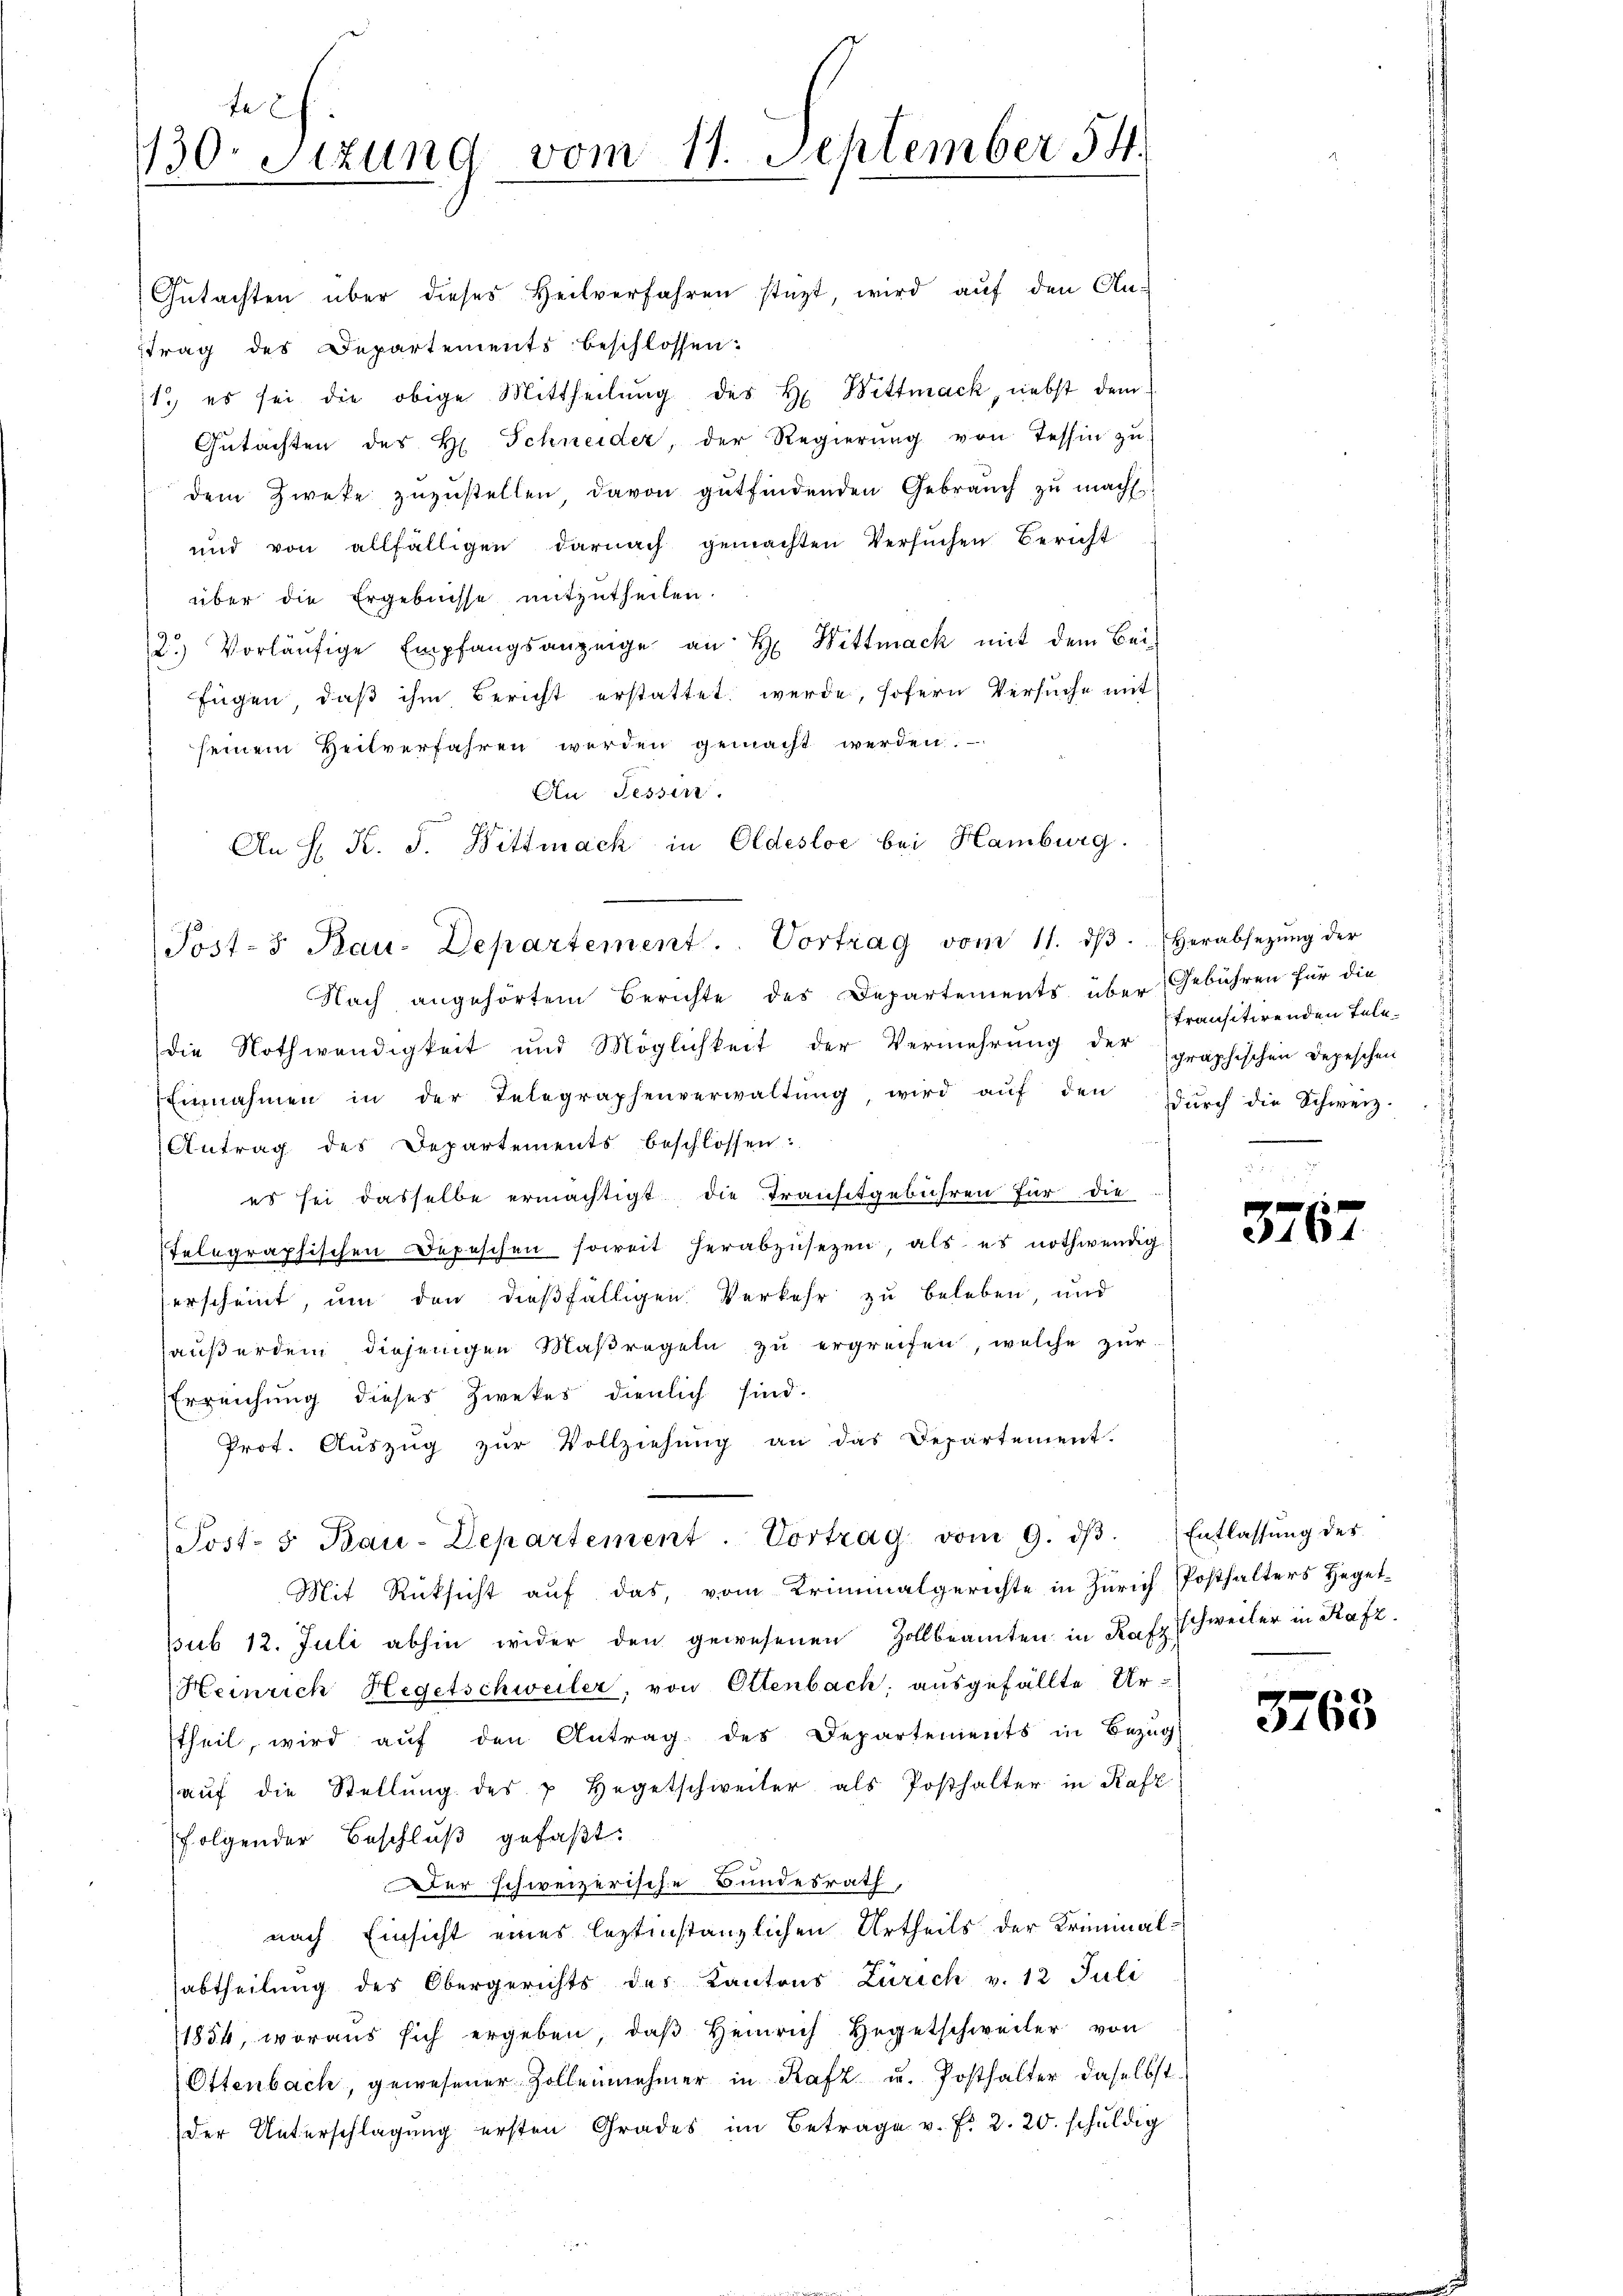
f
130. Sitzung vom 11. September 54.

1

Gŭtachten über dieses Heilverfahren stüzt, wird auf den An-
trag des Departements beschlossen:
1.) es sei die obige Mittheilung des H. Wittmack, nebst dem
Gŭtachten des H. Schneider, der Regierŭng von Tessin zŭ
dem Zweke zuzustellen, davon gutfindenden Gebrauch zu macht.
und von allfälligen darnach gemachten Versuchen Bericht
über die Ergebnisse mitzutheilen.
2.) Vorläŭfige Empfangsanzeige an H: Wittmack mit dem Beifügen, daß ihm Bericht erstattet werde, sofern Versuche mit
seinem Zeitverfahren werden gemacht werden.
An Tessin.
An H. K. J. Bittmach in Oldestoc bei Hamburg.
Nach angehörtem Berichte des Departements über Gebühren für die
die Nothwendigkeit und Möglichkeit der Vermehrŭng der graphischen Depeschen
Einnahmen in der Telegraphenverwaltŭng, wird aŭf den dŭrch die Schweiz.
Antrag des Departements beschlossen:
es sei dasselbe ermächtigt die Transtgebühren für die
telegraphischen Depeschen soweit herabzusezen, als es nothwendig
erscheint, um den dießfälligen Verkehr zu beleben, und
außerdem diejenigen Maßregeln zu ergreifen, welche zur
Erreichung dieses Zwekes dienlich sind.
Prot. Aŭszŭg zŭr Vollziehŭng an das Departement.
Post- & Bau-Departement. Vortrag vom 9. dβ. Entlassŭng des
Mit Rücksicht auf das, vom Kriminalgerichte in Zürich Posthalters Hegetsub 12. Juli abhin wider den gewesenen Zollbeamten in Rafz schweiler in Rafz
Heinrich Hegetschweiler, von Oltenbach, ausgefällte Ur-
stheil, wird aŭf den Antrag des Departements in Bezug
aŭf die Stellŭng des u Hegetschweiler als Posthalter in Rafz
folgender Beschluß gefaßt.
Der schweizerische Bundesrath,
nach Einsicht eines leztinstanzlichen Urtheils der Kriminaldes
abtheilung des Obergerichts des Kantons Zürich v. 12 Juli
1854, woraus sich ergeben, daβ Heinrich Hegetschweiler von
Ottenbach, gewesener Zollennehmer in Rafz u. Posthalter daselbst.
der Unterschlagung ersten Grades im Betrage v. Fr. 2. 20. schuldig

Post-s Rau-Departement. Vortrag vom 11. dβ. herabsetzŭng der

transitirenden Tele¬

3767

3763